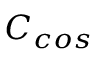
C _ { c o s }